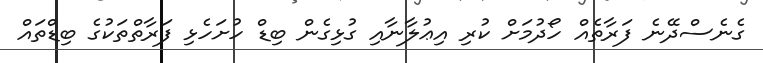
ގެނެސްދޭނެ ފަރާތެއް ހޯދުމަށް ކުރި އިޢުލާނާއި ގުޅިގެން ބިޑް ހުށަހެޅި ފަރާތްތަކުގެ ބިޑްތައް